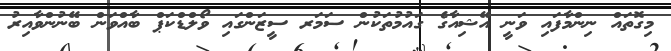
މިގޮތައް ނިންމާފައި ވަނީ އޭޝިއާގެ ގައުމުތަކުން ސަމަރ ސީޒަންގައި ވޯލްޑްކަޕް ބާއްވަން ބޭނުންވާއިރު